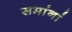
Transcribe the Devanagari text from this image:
समांनां